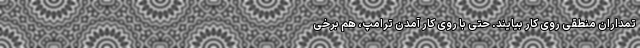
تمداران منطقی روی کار بیایند. حتی با روی کار آمدن ترامپ، هم برخی